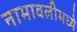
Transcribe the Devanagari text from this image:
नामावलीमध्ये